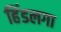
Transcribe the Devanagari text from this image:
हिंडलगा